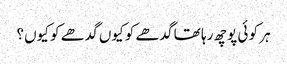
ہر کو ئی پوچھ رہا تھا گدھے کو کیوں گدھے کو کیوں؟